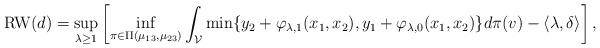
LaTeX: \begin{align*}\mathrm{RW}(d) =\sup_{\lambda \ge 1}\left[\inf_{\pi \in \Pi(\mu_{13}, \mu_{23})} \int_{\mathcal{V}} \min\{ y_2 + \varphi_{\lambda, 1} (x_1, x_2), y_1 + \varphi_{\lambda, 0} (x_1, x_2) \} d \pi(v) - \langle \lambda, \delta \rangle\right],\end{align*}